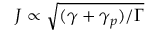
J \propto \sqrt { ( \gamma + \gamma _ { p } ) / \Gamma }